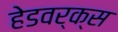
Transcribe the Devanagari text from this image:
हेडवर्क्स